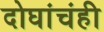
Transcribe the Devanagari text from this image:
दोघांचंही